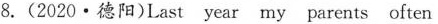
8.(2020·德阳)Last year my parents often